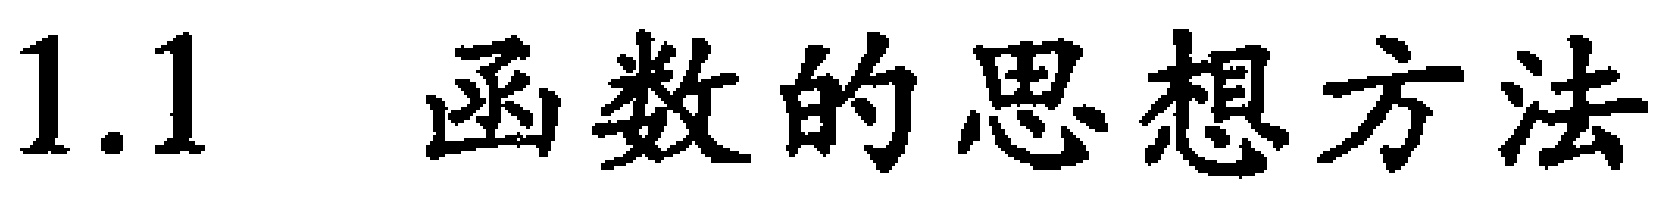
1.1 函数的思想方法